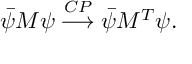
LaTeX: \bar { \psi } M \psi \stackrel { C P } { \longrightarrow } \bar { \psi } M ^ { T } \psi .